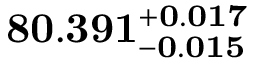
\mathbf { 8 0 . 3 9 1 _ { - 0 . 0 1 5 } ^ { + 0 . 0 1 7 } }